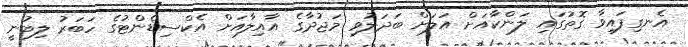
އެނގިފައިވާ ގޮތުގައި ލަންކާއަށް އަލަށް ބަދަލުވި މަޖުދާގެ އާއިލާއަށް އެކްސިޑެންޓުގެ ހަބަރު ލިބުނީ